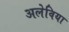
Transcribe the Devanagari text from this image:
अलेविया